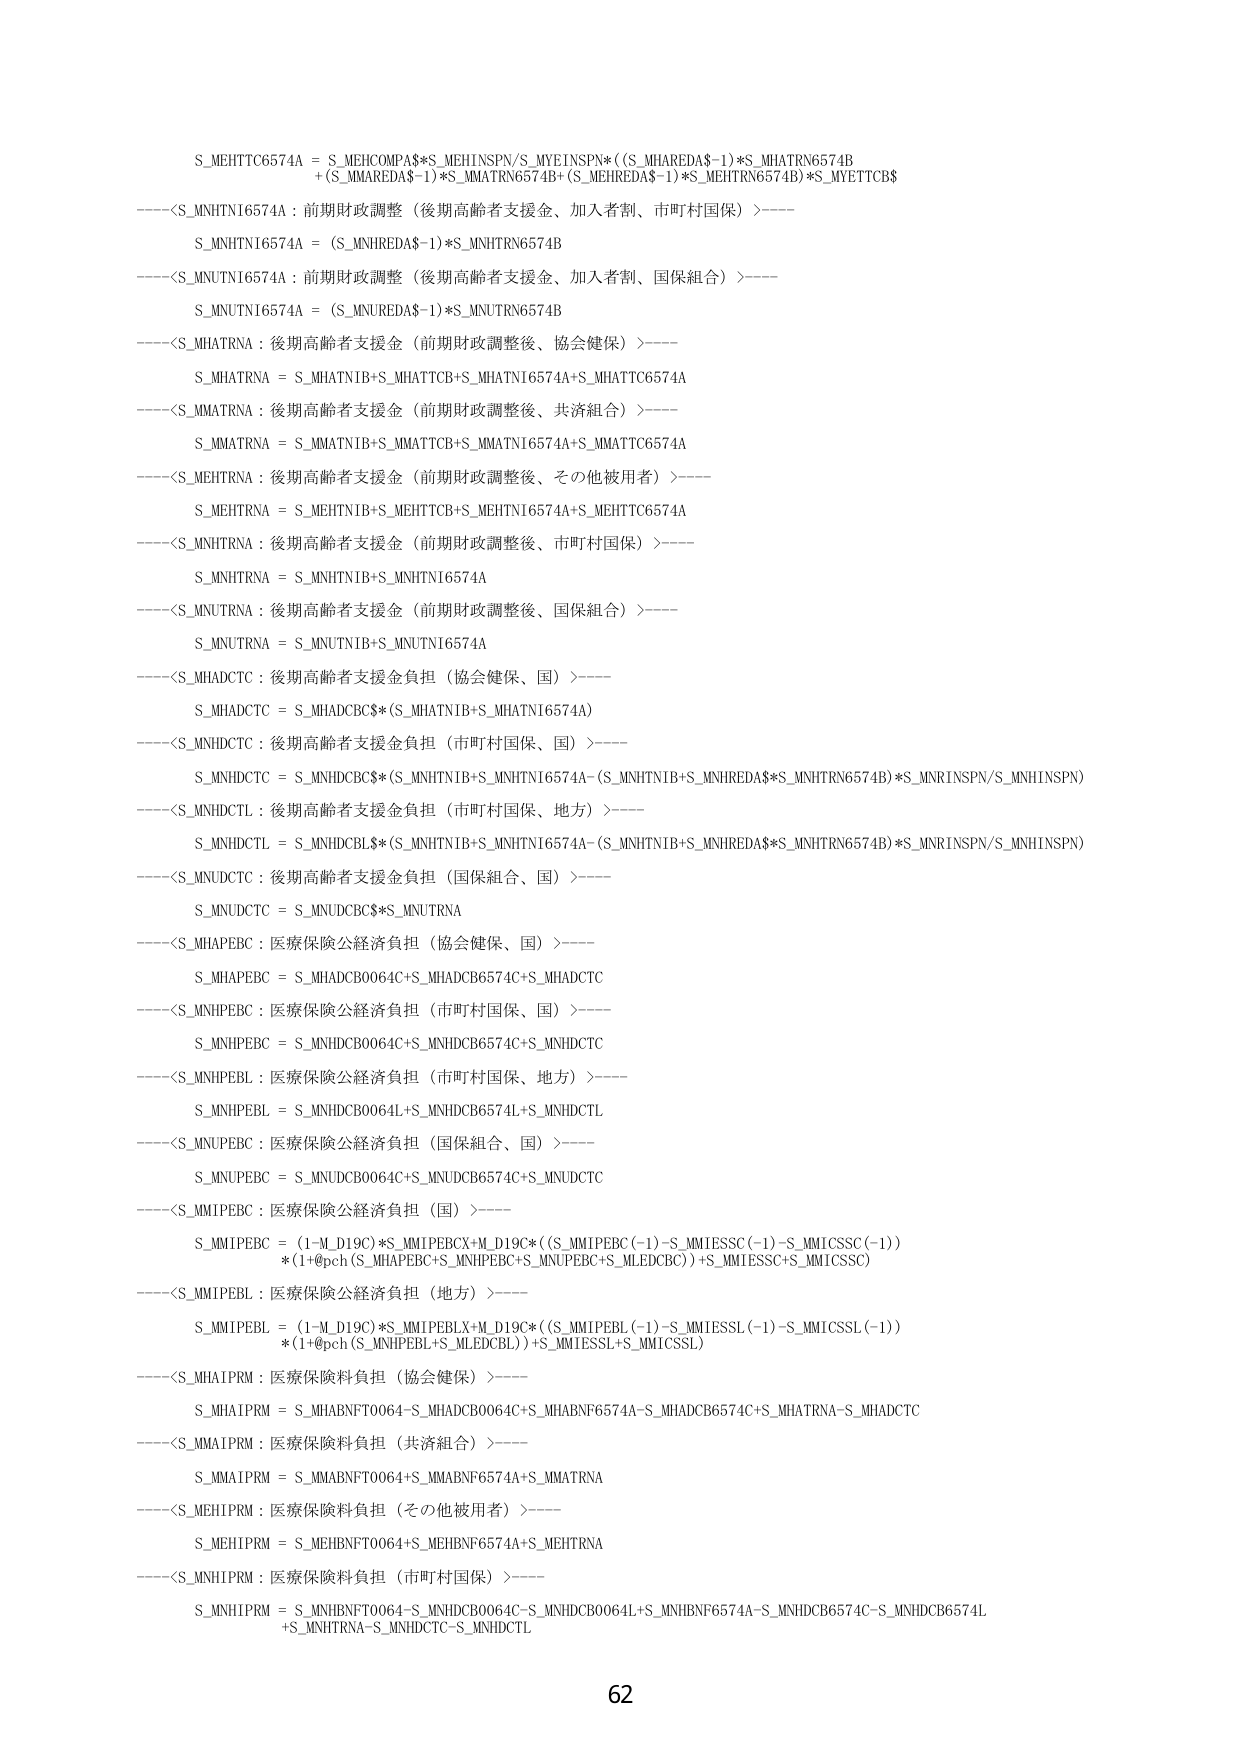
S_MEHTTC6574A = S_MEHCOMPA*$S_MEHINSPN/S_MYEINSPN*(S_MHAREDA$-1)*S_MHATRN6574B
+(S_MMAREDA$-1)*S_MMATRN6574B+(S_MEHREDA$-1)*S_MEHTRN6574B)*S_MYETTCB$
----<S_MNHTNI6574A：前期財政調整（後期高齢者支援金、加入者割、市町村国保）>----
S_MNHTNI6574A = (S_MNHREDA$-1)*S_MNHTRN6574B
----<S_MNUTNI6574A：前期財政調整（後期高齢者支援金、加入者割、国保組合）>----
S_MNUTNI6574A = (S_MNUREDA$-1)*S_MNUTRN6574B
----<S_MHATRNA：後期高齢者支援金（前期財政調整後、協会健保）>----
S_MHATRNA = S_MHATNIB+S_MHATTCB+S_MHATNI6574A+S_MHATTC6574A
----<S_MMATRNA：後期高齢者支援金（前期財政調整後、共済組合）>----
S_MMATRNA = S_MMATNIB+S_MMATTCB+S_MMATNI6574A+S_MMATTC6574A
----<S_MEHTRNA：後期高齢者支援金（前期財政調整後、その他被用者）>----
S_MEHTRNA = S_MEHTNIB+S_MEHTTCB+S_MEHTNI6574A+S_MEHTTC6574A
----<S_MNHTRNA：後期高齢者支援金（前期財政調整後、市町村国保）>----
S_MNHTRNA = S_MNHTNIB+S_MNHTNI6574A
----<S_MNUTRNA：後期高齢者支援金（前期財政調整後、国保組合）>----
S_MNUTRNA = S_MNUTNIB+S_MNUTNI6574A
----<S_MHADCTC：後期高齢者支援金負担（協会健保、国）>----
S_MHADCTC = S_MHADCBC*(S_MHATNIB+S_MHATNI6574A)
----<S_MNHDCTC：後期高齢者支援金負担（市町村国保、国）>----
S_MNHDCTC = S_MNHDCBC*(S_MNHTNIB+S_MNHTNI6574A-(S_MNHTNIB+S_MNHREDA$*S_MNHTRN6574B)*S_MNRINSPN/S_MNHINSPN)
----<S_MNHDTCL：後期高齢者支援金負担（市町村国保、地方）>----
S_MNHDTCL = S_MNHDCBL*(S_MNHTNIB+S_MNHTNI6574A-(S_MNHTNIB+S_MNHREDA$*S_MNHTRN6574B)*S_MNRINSPN/S_MNHINSPN)
----<S_MNUDCTC：後期高齢者支援金負担（国保組合、国）>----
S_MNUDCTC = S_MNUDCBC*S_MNUTRNA
----<S_MHAPEBC：医療保険公経済負担（協会健保、国）>----
S_MHAPEBC = S_MHADCB0064C+S_MHADCB6574C+S_MHADCTC
----<S_MNHPEBC：医療保険公経済負担（市町村国保、国）>----
S_MNHPEBC = S_MNHDCB0064C+S_MNHDCB6574C+S_MNHDCTC
----<S_MNHPEBL：医療保険公経済負担（市町村国保、地方）>----
S_MNHPEBL = S_MNHDCB0064L+S_MNHDCB6574L+S_MNHDTCL
----<S_MNUPEBC：医療保険公経済負担（国保組合、国）>----
S_MNUPEBC = S_MNUDCB0064C+S_MNUDCB6574C+S_MNUDCTC
----<S_MMIPEBC：医療保険公経済負担（国）>----
S_MMIPEBC = (1-M_D19C)*S_MMIPEBCX+M_D19C*((S_MMIPEBC(-1)-S_MMIESSC(-1)-S_MMICSSC(-1))
*(1+@pch(S_MHAPEBC+S_MNHPEBC+S_MNUPEBC+S_MLEDCBC))+S_MMIESSC+S_MMICSSC)
----<S_MMIPEBL：医療保険公経済負担（地方）>----
S_MMIPEBL = (1-M_D19C)*S_MMIPEBLX+M_D19C*((S_MMIPEBL(-1)-S_MMIESSL(-1)-S_MMICSSL(-1))
*(1+@pch(S_MNHPEBL+S_MLEDCBL))+S_MMIESSL+S_MMICSSL)
----<S_MHATPRM：医療保険料負担（協会健保）>----
S_MHATPRM = S_MHABNFT0064-S_MHADCB0064C+S_MHABNF6574A-S_MHADCB6574C+S_MHATRNA-S_MHADCTC
----<S_MMATPRM：医療保険料負担（共済組合）>----
S_MMATPRM = S_MMABNFT0064+S_MMABNF6574A+S_MMATRNA
----<S_MEHITPRM：医療保険料負担（その他被用者）>----
S_MEHITPRM = S_MEHBNFT0064+S_MEHBNF6574A+S_MEHTRNA
----<S_MNHIPRM：医療保険料負担（市町村国保）>----
S_MNHIPRM = S_MNHBNFT0064-S_MNHDCB0064C-S_MNHDCB0064L+S_MNHBNF6574A-S_MNHDCB6574C-S_MNHDCB6574L
+S_MNHTRNA-S_MNHDCTC-S_MNHDTCL
62